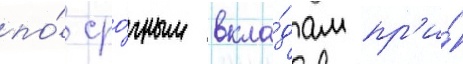
по́ сро́чным вкла́дам пр'и́